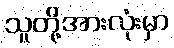
သူတို့အားလုံးမှာ